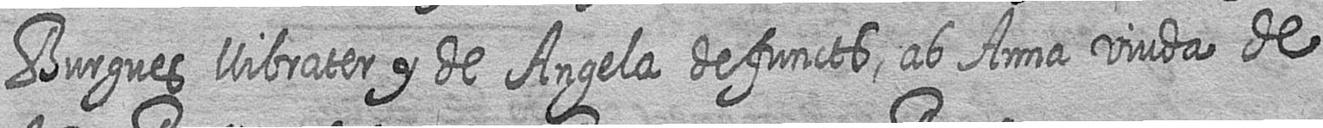
Burgues llibrater y de Angela defuncts ab Anna viuda de